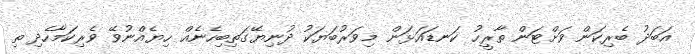
އަބަދު ބެރިކަން ވަށްޓަން ތާރީހު ކަނޑައަޅަން މިވަރުބަޔަކު ދުނިޔޭގަތިބިހެނެއް ހިޔެއްނުވޭ ވެރިކަމާހެދި ތި